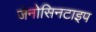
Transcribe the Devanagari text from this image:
जेनोसिनटाइप